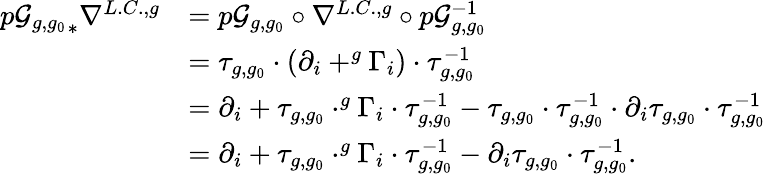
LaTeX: \begin{array}{rl}{{p\mathcal{G}_{g,g_{0}}}_{\ast}\nabla^{L.C.,g}}&{=p\mathcal{G}_{g,g_{0}}\circ\nabla^{L.C.,g}\circ p\mathcal{G}_{g,g_{0}}^{-1}}\\ &{=\tau_{g,g_{0}}\cdot(\partial_{i}+^{g}\Gamma_{i})\cdot\tau_{g,g_{0}}^{-1}}\\ &{=\partial_{i}+\tau_{g,g_{0}}\cdot^{g}\Gamma_{i}\cdot\tau_{g,g_{0}}^{-1}-\tau_{g,g_{0}}\cdot\tau_{g,g_{0}}^{-1}\cdot\partial_{i}\tau_{g,g_{0}}\cdot\tau_{g,g_{0}}^{-1}}\\ &{=\partial_{i}+\tau_{g,g_{0}}\cdot^{g}\Gamma_{i}\cdot\tau_{g,g_{0}}^{-1}-\partial_{i}\tau_{g,g_{0}}\cdot\tau_{g,g_{0}}^{-1}.}\end{array}